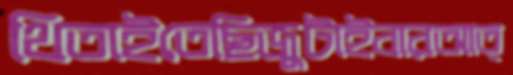
থিতাইতেছিজুটাইবারআত্